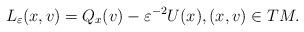
LaTeX: \begin{align*}L_\varepsilon(x,v)= Q_{x}(v)-\varepsilon^{-2} U(x),(x,v)\in TM.\end{align*}